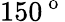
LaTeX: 150^{\mathrm{~o~}}